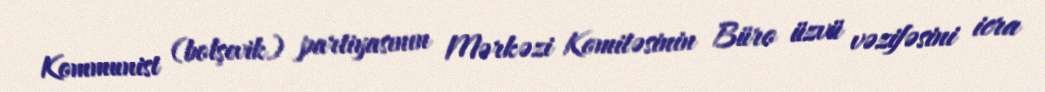
Kommunist (bolşevik) partiyasının Mərkəzi Komitəsinin Büro üzvü vəzifəsini icra